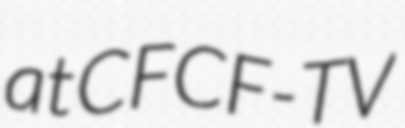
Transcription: at CFCF-TV